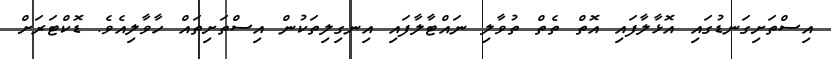
އިސްތަށިގަނޑުގައި އޮޅާލާފައި އޮތް ތެތް ތުވާލި ނައްޓާލާފައި އިނގިލިތަކުން އިސްތަށިތައް ހާވާލިއެވެ. ޑޮކްޓަރަށް